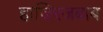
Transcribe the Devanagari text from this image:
हाजिरजबाब